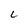
Character: L